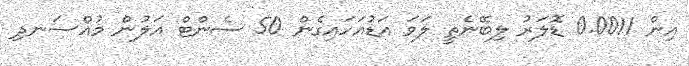
އިން 0.0011 ޑޮލަރު ލިބޭނެތީ ލަވަ އަޑުއަހައިގެން 50 ސެންޓް އަލުން މުއްސަނދި